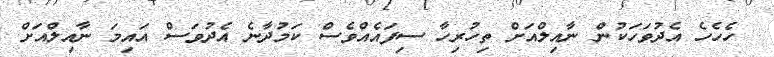
ހެހެހެ އެދުވަހަކުން ނާއިލްއަށް ތިހުރިހާ ސިފައެއްވެސް ކަމުދާނެ އެދުވަސް އައިމަ ނާއިލްއަށް